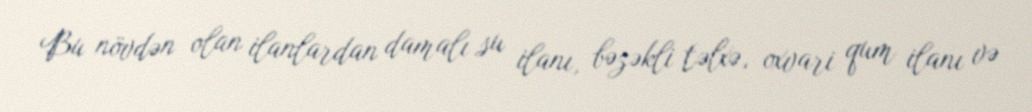
Bu növdən olan ilanlardan damalı su ilanı, bəzəkli təlxə, oxvari qum ilanı və